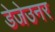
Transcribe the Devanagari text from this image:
डेजेउनर